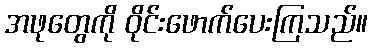
အဖုတွေကို ဝိုင်းဖောက်ပေးကြသည်။